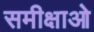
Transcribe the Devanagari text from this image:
समीक्षाओ